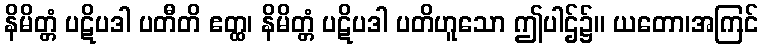
နိမိတ္တံ ပဋိပဒါ ပတီတိ ဧတ္ထ၊ နိမိတ္တံ ပဋိပဒါ ပတိဟူသော ဤပါဌ်၌။ ယတော၊အကြင်